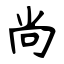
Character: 尚